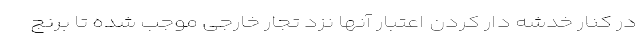
در کنار خدشه دار کردن اعتبار آنها نزد تجار خارجی موجب شده تا برنج